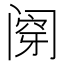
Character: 𰿶